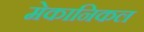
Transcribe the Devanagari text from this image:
मेकानिकल